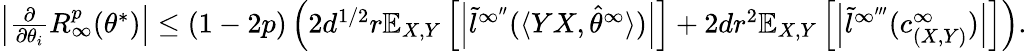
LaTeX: \begin{array}{r}{\left|\frac{\partial}{\partial\theta_{i}}R_{\infty}^{p}(\theta^{*})\right|\leq(1-2p)\left(2d^{1/2}r\mathbb{E}_{X,Y}\left[\left|\tilde{l}^{\infty^{\prime\prime}}(\langle YX,\hat{\theta}^{\infty}\rangle)\right|\right]+2dr^{2}\mathbb{E}_{X,Y}\left[\left|\tilde{l}^{\infty^{\prime\prime\prime}}(c_{(X,Y)}^{\infty})\right|\right]\right).}\end{array}